Lunatic asylums Punjab 1911-1921 - 1911-1921
Year: 1911
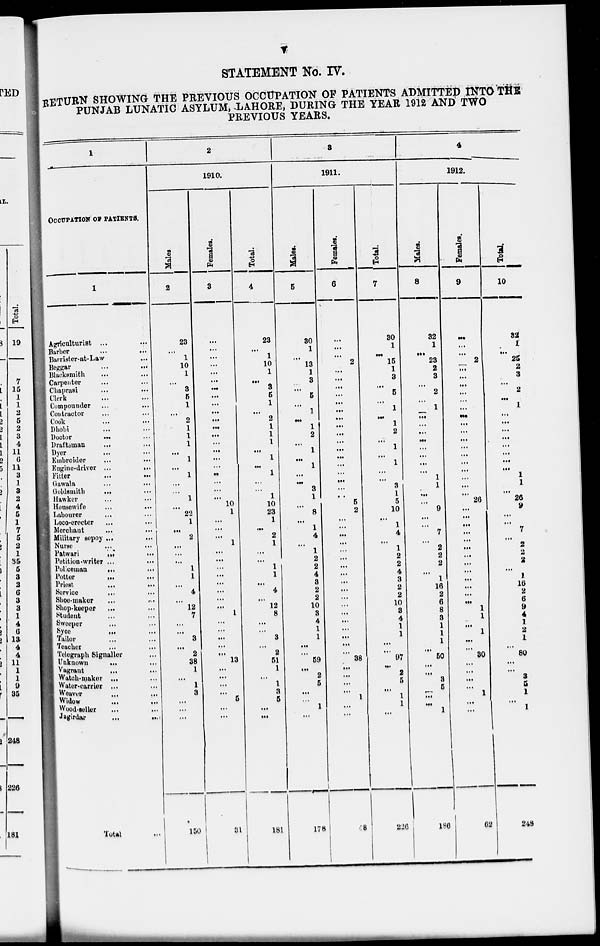
v
STATEMENT No. IV.
RETURN SHOWING THE PREVIOUS OCCUPATION OF PATIENTS ADMITTED INTO THE
PUNJAB LUNATIC ASYLUM, LAHORE, DURING THE YEAR 1912 AND TWO
PREVIOUS YEARS.
1
OCCUPATION OF PATIENTS.
1
Agriculturist ...
...
Barber
...
...
Barrister-at-Law
...
Beggar ... ...
Blacksmith
...
...
Carpenter ... ...
Chaprasi ... ...
Clerk ... ...
Compounder ...
...
Contractor ... ...
Cook
...
...
Dhobi ... ...
Doctor
...
...
Draftsman ... ...
Dyer
...
...
Embroider
...
...
Engine-driver ...
...
Fitter ... ...
Gawala ... ...
Goldsmith ... ...
Hawker ... ...
Housewife ... ...
Labourer ......
Loco-erector ... ...
Merchant ... ...
Military sepoy ... ...
Nurse ... ...
Patwari ... ...
Petition-writer ...
...
Policeman ... ...
Potter ... ...
Priest ... ...
Service ... ...
Shoe-maker ... ...
Shop-keeper ... ...
Student ... ...
Sweeper ... ...
Syee ... ...
Tailor
...
...
Teacher ... ...
Telegraph Signaller ...
Unknown ... ...
Vagrant ... ...
Watch-maker ...
Water-carrier ... ...
Weaver ... ...
widow
...
...
Wood-seller ... ...
Jagirdar . . . . . .
Total ...
2
1910.
Males.
2
23
...
1
10
1
...
3
5
1
...
2
1
1
1
...
1
...
1
...
...
1
...
22
1
...
2
...
...
...
1
1
...
4
...
12
7
...
...
3
...
2
38
1
...
1
3
...
...
...
150
Females.
3
...
...
...
...
...
...
...
...
...
...
...
...
...
...
...
...
...
...
...
...
...
10
1
...
...
...
1
...
...
...
...
...
...
...
...
1
...
...
...
...
...
13
...
...
...
...
5
...
...
31
Total.
4
23
...
1
10
1
...
3
5
1
...
2
1
1
1
...
1
...
1
...
...
1
10
23
1
...
2
1
...
...
1
1
...
4
...
12
8
...
...
3
...
2
51
1
...
1
3
5
...
...
181
3
1911.
Males.
5
30
1
...
13
1
8
...
5
...
1
...
1
2
...
1
...
1
...
...
3
1
...
8
...
1
4
...
1
2
2
4
3
2
2
10
3
4
1
1
...
...
59
...
2
5
...
...
1
...
178
Females.
6
...
...
...
2
...
...
...
...
...
...
...
...
...
...
...
...
...
...
...
...
...
5
2
...
...
...
...
...
...
...
...
...
...
...
...
...
...
...
...
...
...
38
...
...
...
...
1
...
...
48
Total.
7
30
1
...
15
1
8
...
5
...
1
...
1
2
...
1
...
1
...
...
3
1
5
10
...
1
4
...
1
2
2
4
3
2
2
10
3
4
1
1
...
...
97
...
2
5
...
1
1
...
226
4
1912.
Males.
8
32
1
...
23
2
3
...
2
...
1
...
...
...
...
...
...
...
...
1
1
...
...
9
...
...
7
...
2
2
2
...
1
16
2
6
8
3
1
1
1
...
50
...
...
3
5
...
...
1
186
Females.
9
...
...
...
2
...
...
...
...
...
...
...
...
...
...
...
...
...
...
...
...
...
26
...
...
...
...
...
...
...
...
...
...
...
...
...
1
1
...
1
...
...
30
...
...
...
...
1
...
...
62
Total.
10
32
1
...
25
2
3
...
2
...
1
...
...
...
...
...
...
...
...
1
1
...
26
9
...
...
7
...
2
2
2
...
1
16
2
6
9
4
1
2
1
...
80
...
...
3
5
1
...
1
248